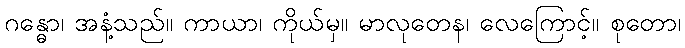
ဂန္ဓော၊ အနံ့သည်။ ကာယာ၊ ကိုယ်မှ။ မာလုတေန၊ လေကြောင့်။ စုတော၊